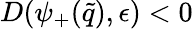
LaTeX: D(\psi_{+}(\tilde{q}),\epsilon)<0